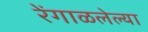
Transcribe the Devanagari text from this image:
रेंगाळलेल्या